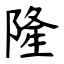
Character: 隆